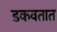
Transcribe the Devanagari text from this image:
डकवतात